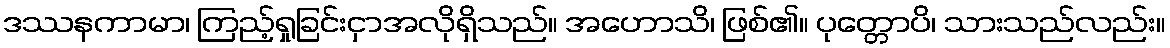
ဒဿနကာမာ၊ ကြည့်ရှုခြင်းငှာအလိုရှိသည်။ အဟောသိ၊ ဖြစ်၏။ ပုတ္တောပိ၊ သားသည်လည်း။